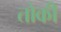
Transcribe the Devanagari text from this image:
तोकी